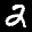
Label: 2